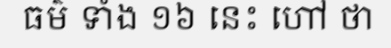
ធម៌ ទាំង ១៦ នេះ ហៅ ថា